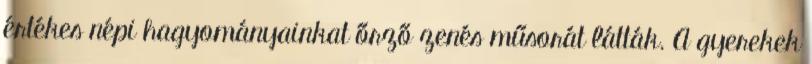
értékes népi hagyományainkat őrző zenés műsorát látták. A gyerekek